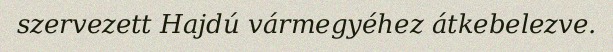
szervezett Hajdú vármegyéhez átkebelezve.